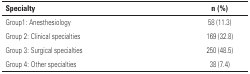
| Specialty | n (%) |
 | --- | --- |
 | Group1: Anesthesiology | 58 (11.3) |
 | Group 2: Clinical specialties | 169 (32.8) |
 | Group 3: Surgical specialties | 250 (48.5) |
 | Group 4: Other specialties | 38 (7.4) |